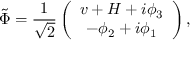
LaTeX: \tilde { \Phi } = \frac { 1 } { \sqrt { 2 } } \left( \begin{array} { c } { { v + H + i \phi _ { 3 } } } \\ { { - \phi _ { 2 } + i \phi _ { 1 } } } \end{array} \right) ,